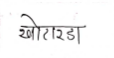
मजकूर: खोटारडा